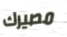
مصيرك